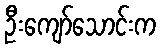
ဦးကျော်သောင်းက